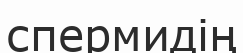
спермидің